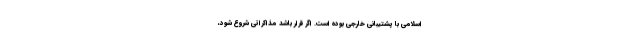
اسلامی با پشتیبانی خارجی بوده است. اگر قرار باشد مذاکراتی شروع شود،